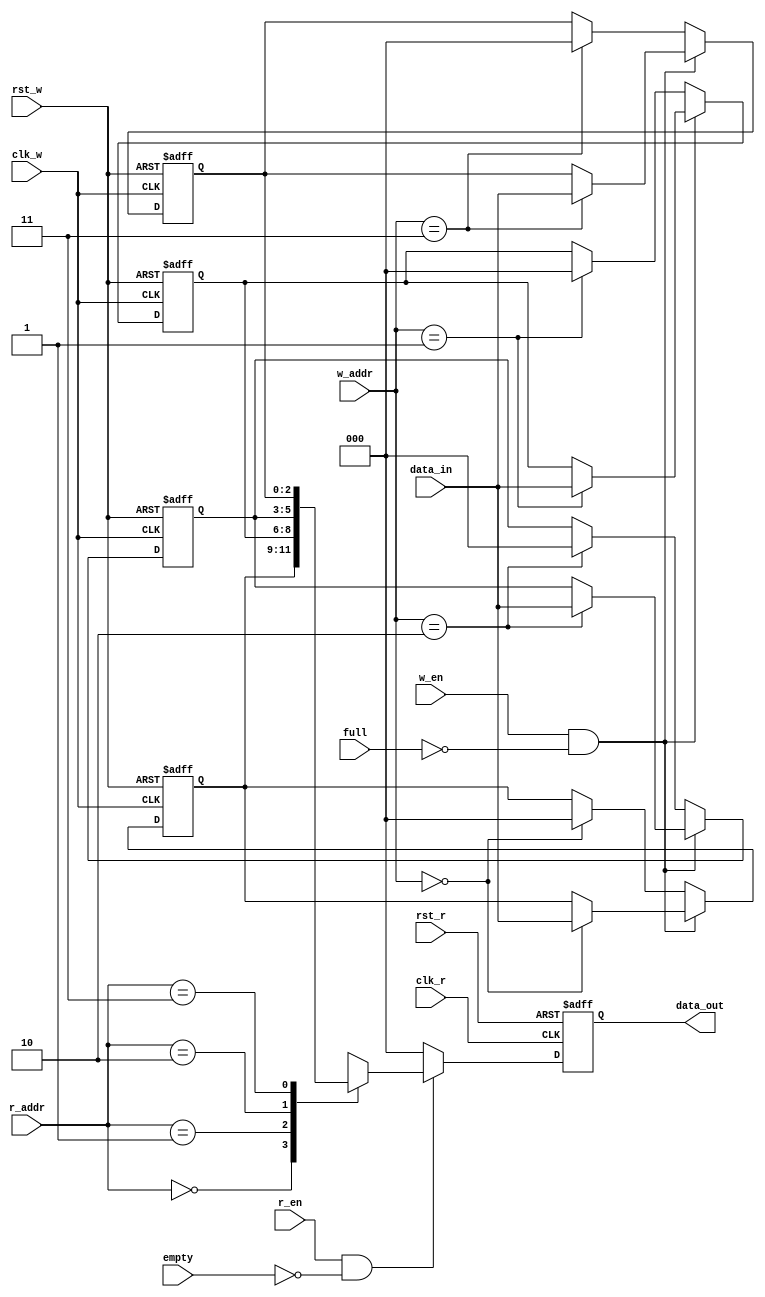
// -----------------------------------------------------------------------------
// Copyright (c) 2014-2022 All rights reserved
// -----------------------------------------------------------------------------
// Create : 2022-03-04 10:02:58
// Revise : 2022-03-04 17:03:43
// Editor : sublime text4, tab size (4)
// -----------------------------------------------------------------------------

//RAM

module RAM #(
//------------------------paramter-------------------
	parameter 			FIFO_data_size 		=		3		,
	parameter 			FIFO_addr_size 		= 		2		

	)(
	//----------------------port	define		-----------------
	//write clock & reset
	input				 					clk_w				,
	input 				 					rst_w				,
	//read clock & reset
	input 				 					clk_r 				,
	input				 					rst_r				,
	//key signals
	input 				 					full				,
	input 				 					empty 				,
 	//enable			
	input 				 					w_en				,
	input				 					r_en				,
	//wr rd addr
	input 		[FIFO_addr_size-1:0] 		w_addr				,
	input 		[FIFO_addr_size-1:0]		r_addr				,

	input 		[FIFO_data_size-1:0]		data_in				,
	output	reg	[FIFO_data_size-1:0]		data_out			
	
);




//==============================================================
//------------paramter reg  wire  ------------------------------

	reg 	[FIFO_data_size-1:0]  mem [{FIFO_addr_size{1'b1}}:0 ]	; 

	integer		i 		;
/*------------------------------------------------------------------------------
--  	wire 			flag_wr				;
		wire 			flag_rd	 			;
------------------------------------------------------------------------------*/


	//always block
	always @(posedge clk_w or negedge rst_w) begin 
		if(~rst_w) begin
				for ( i = 0; i <= FIFO_data_size; i=i+1) begin
					mem[i]		<=		{FIFO_data_size{1'b0}}		;
				end

		end 
		else if ((w_en == 1) && (full == 0))begin
				mem[w_addr] 	<=		data_in						;
		end
		else begin
				mem[w_addr] 	<=		{FIFO_data_size{1'b0}}		;
		end
	end

	//rd
	always @(posedge clk_r or negedge rst_r) begin 
		if(~rst_r) begin
			data_out		<=		{FIFO_data_size{1'b0}}		;		//'d0	
		end 
		else if ((r_en == 1) && (empty == 0))begin
				data_out 	<=		mem[r_addr] 					;
		end
		else begin
			data_out		<=		{FIFO_data_size{1'b0}}		;
		end
	end

	//assign
	/*
	assign 			flag_wr		=	(w_en == 1) && (full == 0)		;
	assign 			flag_rd		=	(r_en == 1) && (empty == 0)		;
	*/


endmodule